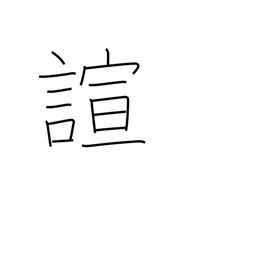
Meaning: forget